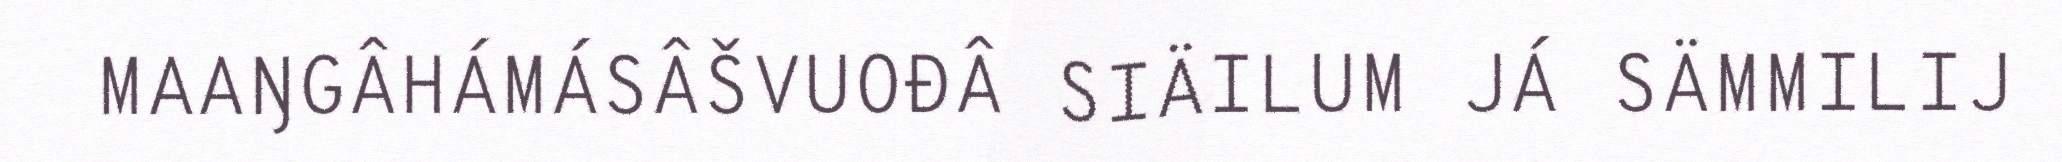
MAAŊGÂHÁMÁSÂŠVUOĐÂ SIÄILUM JÁ SÄMMILIJ